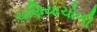
ચણિયાચોળી